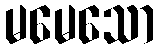
မမေသော